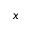
x